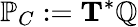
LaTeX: \mathbb{P}_{C}:=\mathbf{T}^{*}\mathbb{Q}